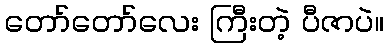
တော်တော်လေး ကြီးတဲ့ ပီဇာပဲ။